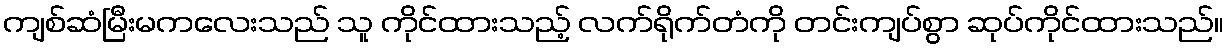
ကျစ်ဆံမြီးမကလေးသည် သူ ကိုင်ထားသည့် လက်ရိုက်တံကို တင်းကျပ်စွာ ဆုပ်ကိုင်ထားသည်။